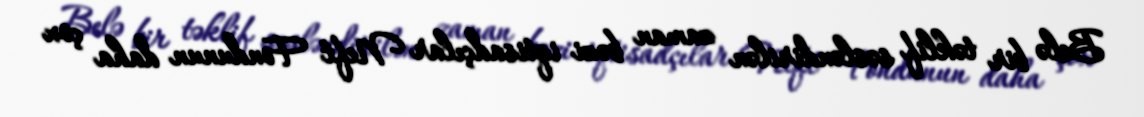
Belə bir təklif səsləndirilən zaman bəzi iqtisadçılar Neft Fondunun daha çox